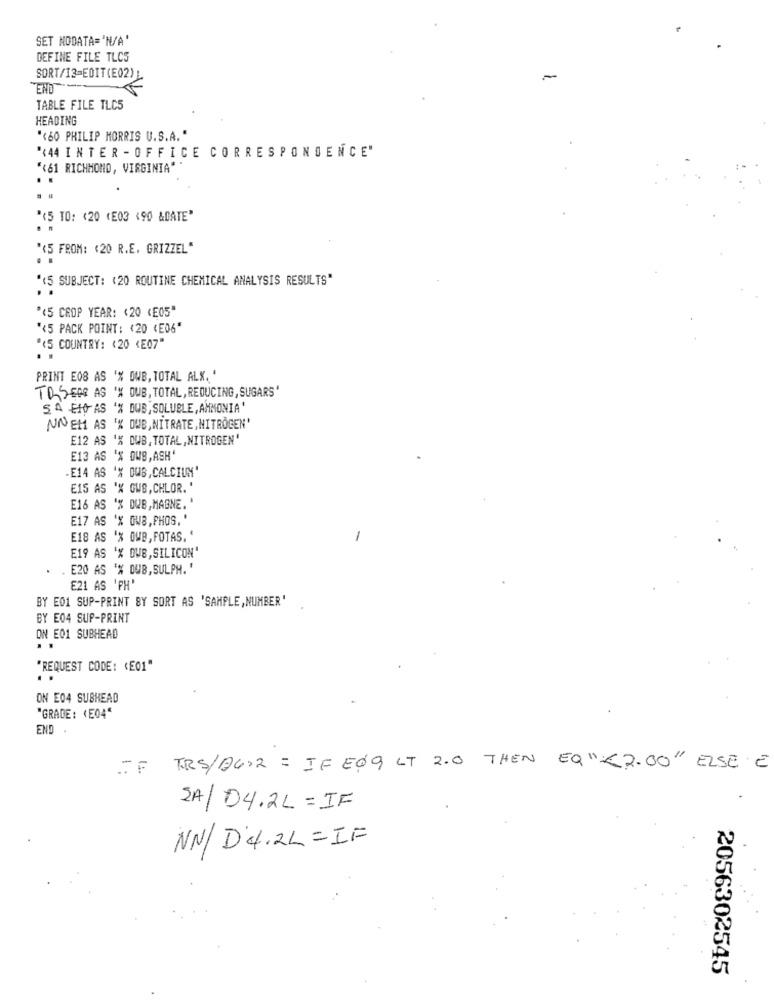
SET NODATA='N/A'
DEFINE FILE TLCS
SORT/13=EDIT(E02))
TABLE FILE TLC5
HEADING
"<60 PHILIP MORRIS U.S.A."
'(44 INTER - OFFICE CORRESPONDENCE"
"<61 RICHMOND, VIRGINIA"
..
.
"(5 TO: < 20 (E03 (90 &DATE"
. .
"<5 FROM: < 20 R.E. GRIZZEL"
..
"<5 SUBJECT: (20 ROUTINE CHEMICAL ANALYSIS RESULTS"
*< 5 CEOP YEAR: < 20 <E05"
*< 5 PACK POINT: < 20 (E06"
"<5 COUNTRY: < 20 <E07"
PRINT E08 AS '% OWB, TOTAL ALX. '
TOSEAR AS 'X DUB, TOTAL, REDUCING, SUGARS'
SA EID AS '% DUB, SOLUBLE, AMMONIA
NNEH AS '% DUB, NITRATE, NITROGEN'
E12 AS '% DWB. TOTAL, NITROGEN'
E13 AS '% OWS, ASH'
-E14 AS '% DUB, CALCIUM'
E15 AS '% GWS, CHLOR. '
E16 AS '% DUB, MAGNE. '
E17 AS '% OUB, PHOS, '
E18 AS 'X OWB, FOTAS. "
-
E19 AS '% OUB, SILICON'
E20 AS '% DUB, SULPH. '
E21 AS 'PH'
BY E01 SUP-PRINT BY SORT AS 'SAMPLE, NUMBER'
BY E04 SUP-PRINT
ON E01 SUBHEAD
"REQUEST CODE: < E01"
ON E04 SUBHEAD
"GRADE: (E04"
END
TRS/AG+2 = IF EOG LT 2.0 THEN EQ "<2.00" ELSE E
SA/ D4 .2L = IF
NN/ D'4.2L = IF
2056302545